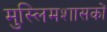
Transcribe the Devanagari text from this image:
मुस्लिमशासकों